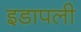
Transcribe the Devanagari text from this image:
इडापली